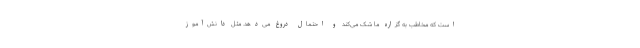
است که مخاطب به گزاره ما شک می‌کند و احتمال دروغ می‌دهد. مثل دانش‌آموز